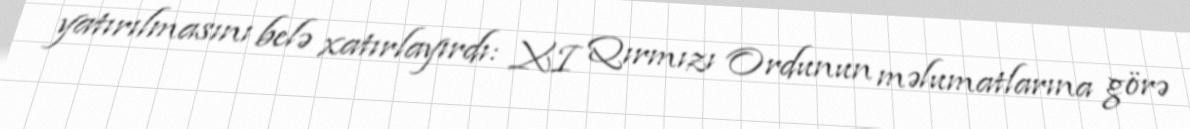
yatırılmasını belə xatırlayırdı: XI Qırmızı Ordunun məlumatlarına görə